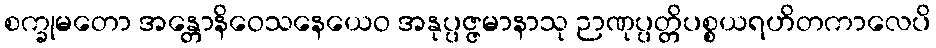
စက္ခုမတော အန္တောနိဝေသနေယေဝ အနုပ္ပဇ္ဇမာနာသု ဉာဏုပ္ပတ္တိပစ္စယရဟိတကာလေပိ